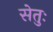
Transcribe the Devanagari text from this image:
सेतुः